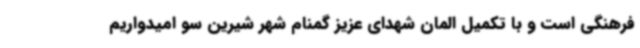
فرهنگی است و با تکمیل المان شهدای عزیز گمنام شهر شیرین سو امیدواریم